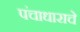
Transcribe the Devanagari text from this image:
पंचाधाराचे